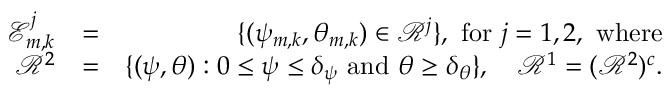
\begin{array} { r l r } { \mathcal { E } _ { m , k } ^ { j } } & { = } & { \{ ( \psi _ { m , k } , \theta _ { m , k } ) \in \mathcal { R } ^ { j } \} , \ \mathrm { f o r } \ j = 1 , 2 , \mathrm { ~ w h e r e } } \\ { \mathcal { R } ^ { 2 } } & { = } & { \{ ( \psi , \theta ) : 0 \leq \psi \leq \delta _ { \psi } \mathrm { ~ a n d ~ } \theta \geq \delta _ { \theta } \} , \ \ \ \mathcal { R } ^ { 1 } = ( \mathcal { R } ^ { 2 } ) ^ { c } . } \end{array}